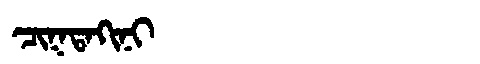
Manchu: ᠴᡳᡴᡨᠠᡴᡳᠨᡳ
Romanization: CIKTAKINI